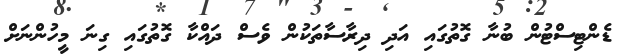
ޑެންޓިސްޓުން ބުނާ ގޮތުގައި އަދި ދިރާސާތަކުން ވެސް ދައްކާ ގޮތުގައި ގިނަ މީހުންނަށް